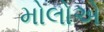
મોલોએ